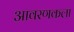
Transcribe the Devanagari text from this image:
आवरणकला